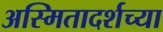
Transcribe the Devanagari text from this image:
अस्मितादर्शच्या